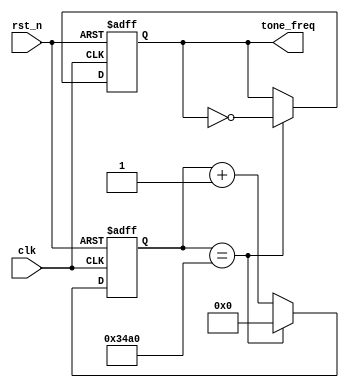
module tone_gen
#( 
   parameter ref_clock     = 50000000,
   parameter out_freq_x100 = 26163
)
  
(
 input      clk,
 input      rst_n,
 output reg tone_freq
);
  
  localparam samp_rate = ref_clock*100/out_freq_x100;
  
  reg [31:0] cnt;
  
  always@(posedge clk or negedge rst_n)
    if(!rst_n)
      begin
        cnt       <= 16'b0;
        tone_freq <= 0;
      end
    else if(cnt == samp_rate / 2 - 1 )
      begin
        cnt       <= 16'b0;
        tone_freq <= !tone_freq;
      end
    else
      begin
        cnt       <= cnt + 16'b1;
        tone_freq <= tone_freq;
      end
     
        
  
endmodule // tone_gen